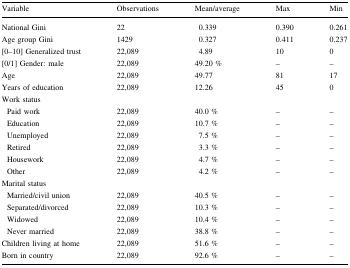
| Variable | Observations | Mean/average | Max | Min |
 | --- | --- | --- | --- | --- |
 | National Gini | 22 | 0.339 | 0.390 | 0.261 |
 | Age group Gini | 1429 | 0.327 | 0.411 | 0.237 |
 | [0–10] Generalized trust | 22,089 | 4.89 | 10 | 0 |
 | [0/1] Gender: male | 22,089 | 49.20 % | – | – |
 | Age | 22,089 | 49.77 | 81 | 17 |
 | Years of education | 22,089 | 12.26 | 45 | 0 |
 | <COLSPAN=5> Work status |
 | Paid work | 22,089 | 40.0 % | – | – |
 | Education | 22,089 | 10.7 % | – | – |
 | Unemployed | 22,089 | 7.5 % | – | – |
 | Retired | 22,089 | 3.3 % | – | – |
 | Housework | 22,089 | 4.7 % | – | – |
 | Other | 22,089 | 4.2 % | – | – |
 | <COLSPAN=5> Marital status |
 | Married/civil union | 22,089 | 40.5 % | – | – |
 | Separated/divorced | 22,089 | 10.3 % | – | – |
 | Widowed | 22,089 | 10.4 % | – | – |
 | Never married | 22,089 | 38.8 % | – | – |
 | Children living at home | 22,089 | 51.6 % | – | – |
 | Born in country | 22,089 | 92.6 % | – | – |